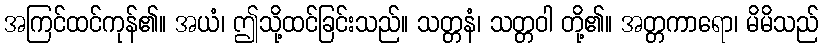
အကြင်ထင်ကုန်၏။ အယံ၊ ဤသို့ထင်ခြင်းသည်။ သတ္တနံ၊ သတ္တဝါ တို့၏။ အတ္တကာရော၊ မိမိသည်